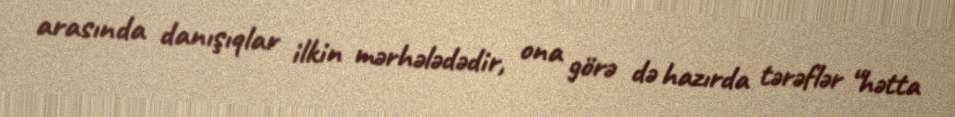
arasında danışıqlar ilkin mərhələdədir, ona görə də hazırda tərəflər “hətta